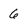
Character: 6